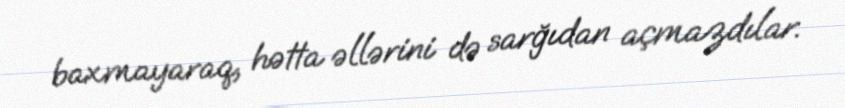
baxmayaraq, hətta əllərini də sarğıdan açmazdılar.